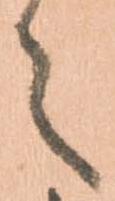
々